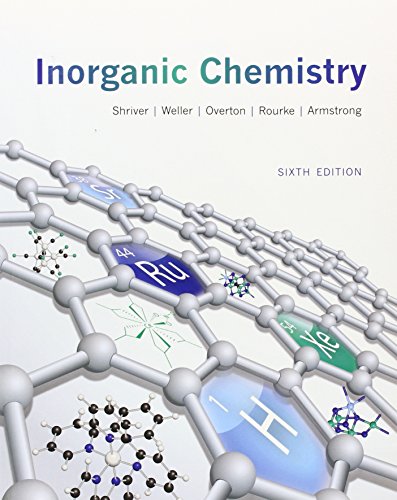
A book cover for Inorganic Chemistry; Duward Shriver; Science & Math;